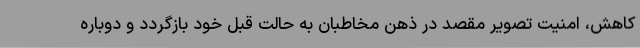
کاهش، امنیت تصویر مقصد در ذهن مخاطبان به حالت قبل خود بازگردد و دوباره